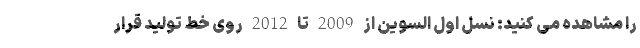
را مشاهده می کنید: نسل اول السوین از 2009 تا 2012 روی خط تولید قرار